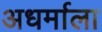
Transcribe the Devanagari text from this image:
अधर्माला